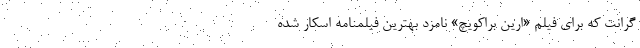
گرانت که برای فیلم «ارین براکویچ» نامزد بهترین فیلمنامه اسکار شده